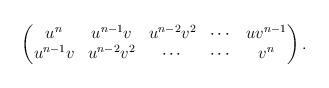
LaTeX: \begin{align*}\begin{pmatrix}u^n & u^{n-1}v & u^{n-2}v^2 & \cdots & uv^{n-1}\\u^{n-1}v & u^{n-2}v^2 & \cdots & \cdots & v^n\end{pmatrix}.\end{align*}